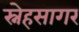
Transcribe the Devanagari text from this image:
स्नेहसागर